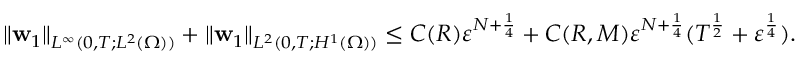
\| \mathbf { w } _ { 1 } \| _ { L ^ { \infty } ( 0 , T ; L ^ { 2 } ( \Omega ) ) } + \| \mathbf { w } _ { 1 } \| _ { L ^ { 2 } ( 0 , T ; H ^ { 1 } ( \Omega ) ) } \leq C ( R ) \ensuremath { \varepsilon } ^ { N + \frac { 1 } { 4 } } + C ( R , M ) \ensuremath { \varepsilon } ^ { N + \frac { 1 } { 4 } } ( T ^ { \frac 1 2 } + \ensuremath { \varepsilon } ^ { \frac 1 4 } ) .